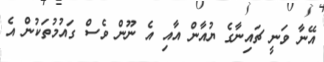
އޭނާ ވަނީ ޗައިނާގެ ޔުއާން އާއި އެ ނޫން ވެސް ގައުމުތަކުން އެ